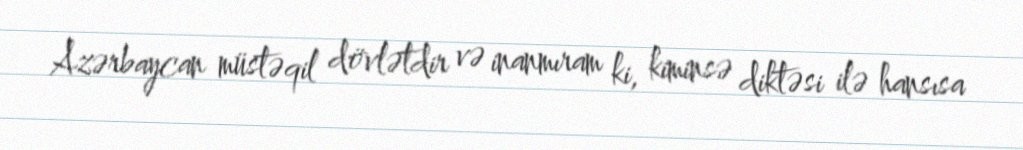
Azərbaycan müstəqil dövlətdir və inanmıram ki, kiminsə diktəsi ilə hansısa